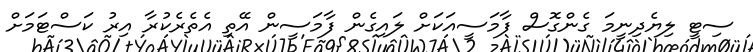
ސިޓީ ލިޔެދިނީމަ ގެންގޮސް ފާމަސީއަކަށް ލައިގެން ފާމަސީން އޭތި އެތެރެކުރާ އިރު ކަސްޓަމަށް